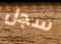
سجل